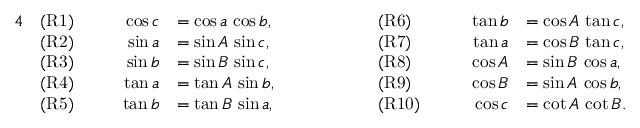
{ \begin{array} { r l r l r l r l } { { 4 } } & { { \mathrm { ( R 1 ) } } } & { \qquad \cos c } & { = \cos a \, \cos b , } & { \qquad \qquad } & { { \mathrm { ( R 6 ) } } } & { \qquad \tan b } & { = \cos A \, \tan c , } \\ & { { \mathrm { ( R 2 ) } } } & { \sin a } & { = \sin A \, \sin c , } & & { { \mathrm { ( R 7 ) } } } & { \tan a } & { = \cos B \, \tan c , } \\ & { { \mathrm { ( R 3 ) } } } & { \sin b } & { = \sin B \, \sin c , } & & { { \mathrm { ( R 8 ) } } } & { \cos A } & { = \sin B \, \cos a , } \\ & { { \mathrm { ( R 4 ) } } } & { \tan a } & { = \tan A \, \sin b , } & & { { \mathrm { ( R 9 ) } } } & { \cos B } & { = \sin A \, \cos b , } \\ & { { \mathrm { ( R 5 ) } } } & { \tan b } & { = \tan B \, \sin a , } & & { { \mathrm { ( R 1 0 ) } } } & { \cos c } & { = \cot A \, \cot B . } \end{array} }